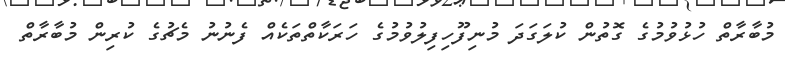
މުބާރާތް ހުޅުވުމުގެ ގޮތުން ކުލަގަދަ މުނިފޫހިފިލުވުމުގެ ހަރަކާތްތަކެއް ފެނުނު މެޗުގެ ކުރިން މުބާރާތް